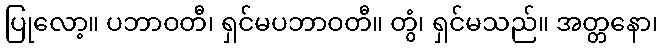
ပြုလော့။ ပဘာဝတီ၊ ရှင်မပဘာဝတီ။ တွံ၊ ရှင်မသည်။ အတ္တနော၊